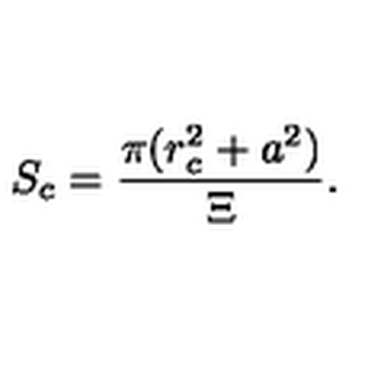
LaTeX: S _ { c } = \frac { \pi ( r _ { c } ^ { 2 } + a ^ { 2 } ) } { \Xi } .